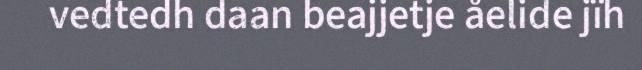
vedtedh daan beajjetje åelide jïh